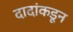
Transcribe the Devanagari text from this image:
दादांकडून